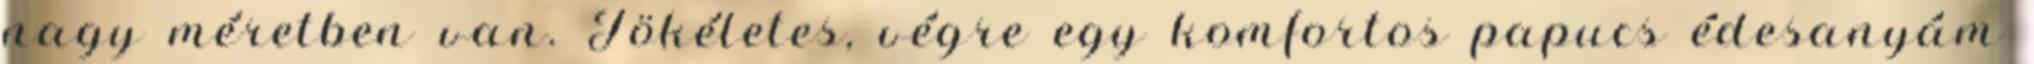
nagy méretben van. Tökéletes, végre egy komfortos papucs édesanyám